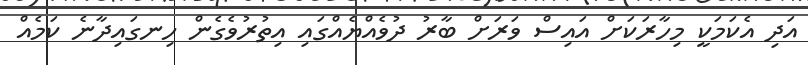
އަދި އެކަމަކީ މިހާރަކަށް އައިސް ވަރަށް ބާރު ދުވެއްޔެއްގައި އިތުރުވެގެން ހިނގައިދާނެ ކަމެއް